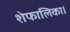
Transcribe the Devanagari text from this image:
शेफालिका।